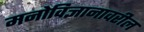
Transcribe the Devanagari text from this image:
मनोविज्ञानावरील